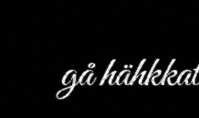
gå hähkkat